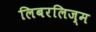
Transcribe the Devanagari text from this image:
लिबरलिज्म